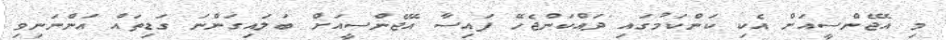
މި އޭޖެންސީއަށް އެކި ކަންކަމުގައި ދައްކަންޖެހޭ ފައިސާ އޭޖެންސީއަށް ބަލައިގަންނަ ގަޑިތައް އަންނަނިވި